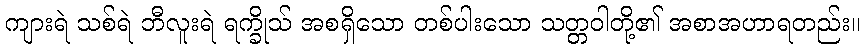
ကျားရဲ သစ်ရဲ ဘီလူးရဲ ရက္ခိုသ် အစရှိသော တစ်ပါးသော သတ္တဝါတို့၏ အစာအဟာရတည်း။